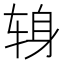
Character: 𫐍